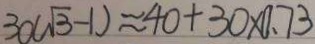
3 0 ( \sqrt { 3 } - 1 ) \approx 4 0 + 3 0 \times 0 . 7 3